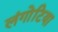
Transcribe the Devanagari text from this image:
लंगोटिया